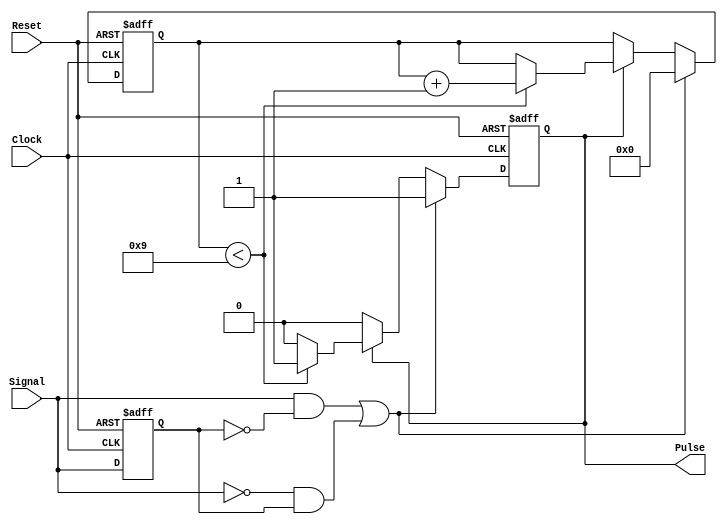
module MonostableEdgeDetector (
    input wire Signal,      // Input signal to detect edges
    input wire Clock,      // Clock signal
    input wire Reset,      // Reset signal
    output reg Pulse       // Output pulse
);

    // Parameters
    parameter PULSE_WIDTH = 10; // Duration of the pulse in clock cycles

    // Internal signals
    reg Signal_d;            // Delayed version of the input signal
    reg [3:0] Counter;       // Counter for pulse width

    // Edge detection logic
    always @(posedge Clock or posedge Reset) begin
        if (Reset) begin
            Signal_d <= 1'b0; // Reset delayed signal
        end else begin
            Signal_d <= Signal; // Store current signal state
        end
    end

    // Pulse generation logic
    always @(posedge Clock or posedge Reset) begin
        if (Reset) begin
            Pulse <= 1'b0;      // Reset pulse output
            Counter <= 4'b0000; // Reset counter
        end else if ((Signal && !Signal_d) || (!Signal && Signal_d)) begin
            // Edge detected (rising or falling)
            Pulse <= 1'b1;      // Start pulse
            Counter <= 4'b0000; // Reset counter
        end else if (Pulse) begin
            if (Counter < PULSE_WIDTH - 1) begin
                Counter <= Counter + 1; // Increment counter
            end else begin
                Pulse <= 1'b0; // End pulse after specified duration
            end
        end
    end

endmodule